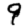
Digit: 9